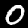
Digit: 0